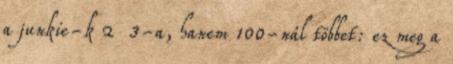
a junkie-k 2 3-a, hanem 100-nál többet: ez meg a